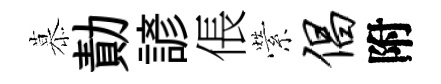
慕勣諺倀縈倡附